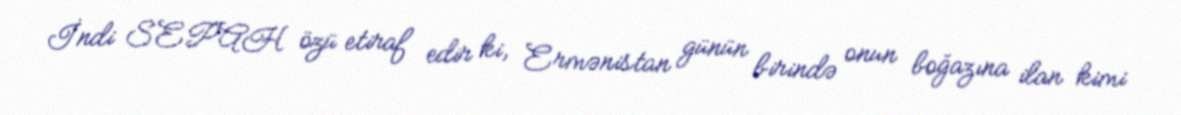
İndi SEPAH özü etiraf edir ki, Ermənistan günün birində onun boğazına ilan kimi